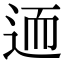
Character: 𨒩